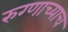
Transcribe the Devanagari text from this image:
रुग्णाच्याच